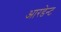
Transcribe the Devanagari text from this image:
आरडेन्ट